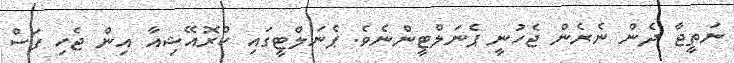
ނަތީޖާ ދެން ނެރެން ޖެހުނީ ޕެނަލްޓީންނެވެ. ޕެނަލްޓީގައި ކްރޮއޭޝިއާ އިން ޖެހި ފަސް